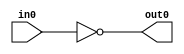

module not_gate(
    input in0,
    output out0
    );
    
    assign out0 = ~in0;
endmodule